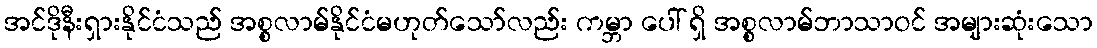
အင်ဒိုနီးရှားနိုင်ငံသည် အစ္စလာမ်နိုင်ငံမဟုတ်သော်လည်း ကမ္ဘာ ပေါ် ရှိ အစ္စလာမ်ဘာသာဝင် အများဆုံးသော